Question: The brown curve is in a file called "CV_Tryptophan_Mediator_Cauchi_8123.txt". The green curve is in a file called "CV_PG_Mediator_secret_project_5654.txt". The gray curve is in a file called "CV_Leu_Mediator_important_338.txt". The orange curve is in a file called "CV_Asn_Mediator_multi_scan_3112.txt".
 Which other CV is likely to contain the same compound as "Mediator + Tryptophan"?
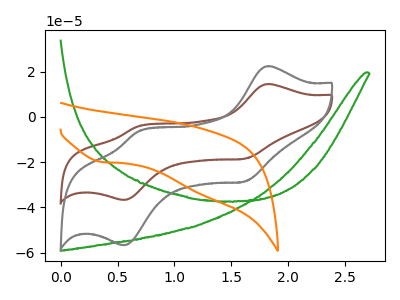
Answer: <think>The brown curve "Mediator + Tryptophan" has anodic peaks at (1.80V, 14.50uA) (0.70V, -4.20uA) and cathodic peaks at (1.60V, -18.45uA) (0.55V, -36.70uA). The green curve "Mediator + PG" has no peaks. The gray curve "Mediator + Leu" has anodic peaks at (1.80V, 22.45uA) (0.70V, -6.45uA) and cathodic peaks at (1.60V, -28.55uA) (0.55V, -56.75uA). The orange curve "Mediator + Asn" has a cathodic peak at: (0.35V, -19.95uA).
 "Mediator + Tryptophan" and "Mediator + PG" have a different number of peaks. All the peaks in "Mediator + Tryptophan" have a peak in "Mediator + Leu" at the same potential. "Mediator + Tryptophan" and "Mediator + Asn" have a different number of peaks. "Mediator + PG" and "Mediator + Leu" have a different number of peaks. "Mediator + PG" and "Mediator + Asn" have a different number of peaks. "Mediator + Leu" and "Mediator + Asn" have a different number of peaks.</think>
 <answer>The CV with the most similar shape to "Mediator + Leu" is "Mediator + Tryptophan".</answer>
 <eval>"Mediator + Tryptophan"</eval>